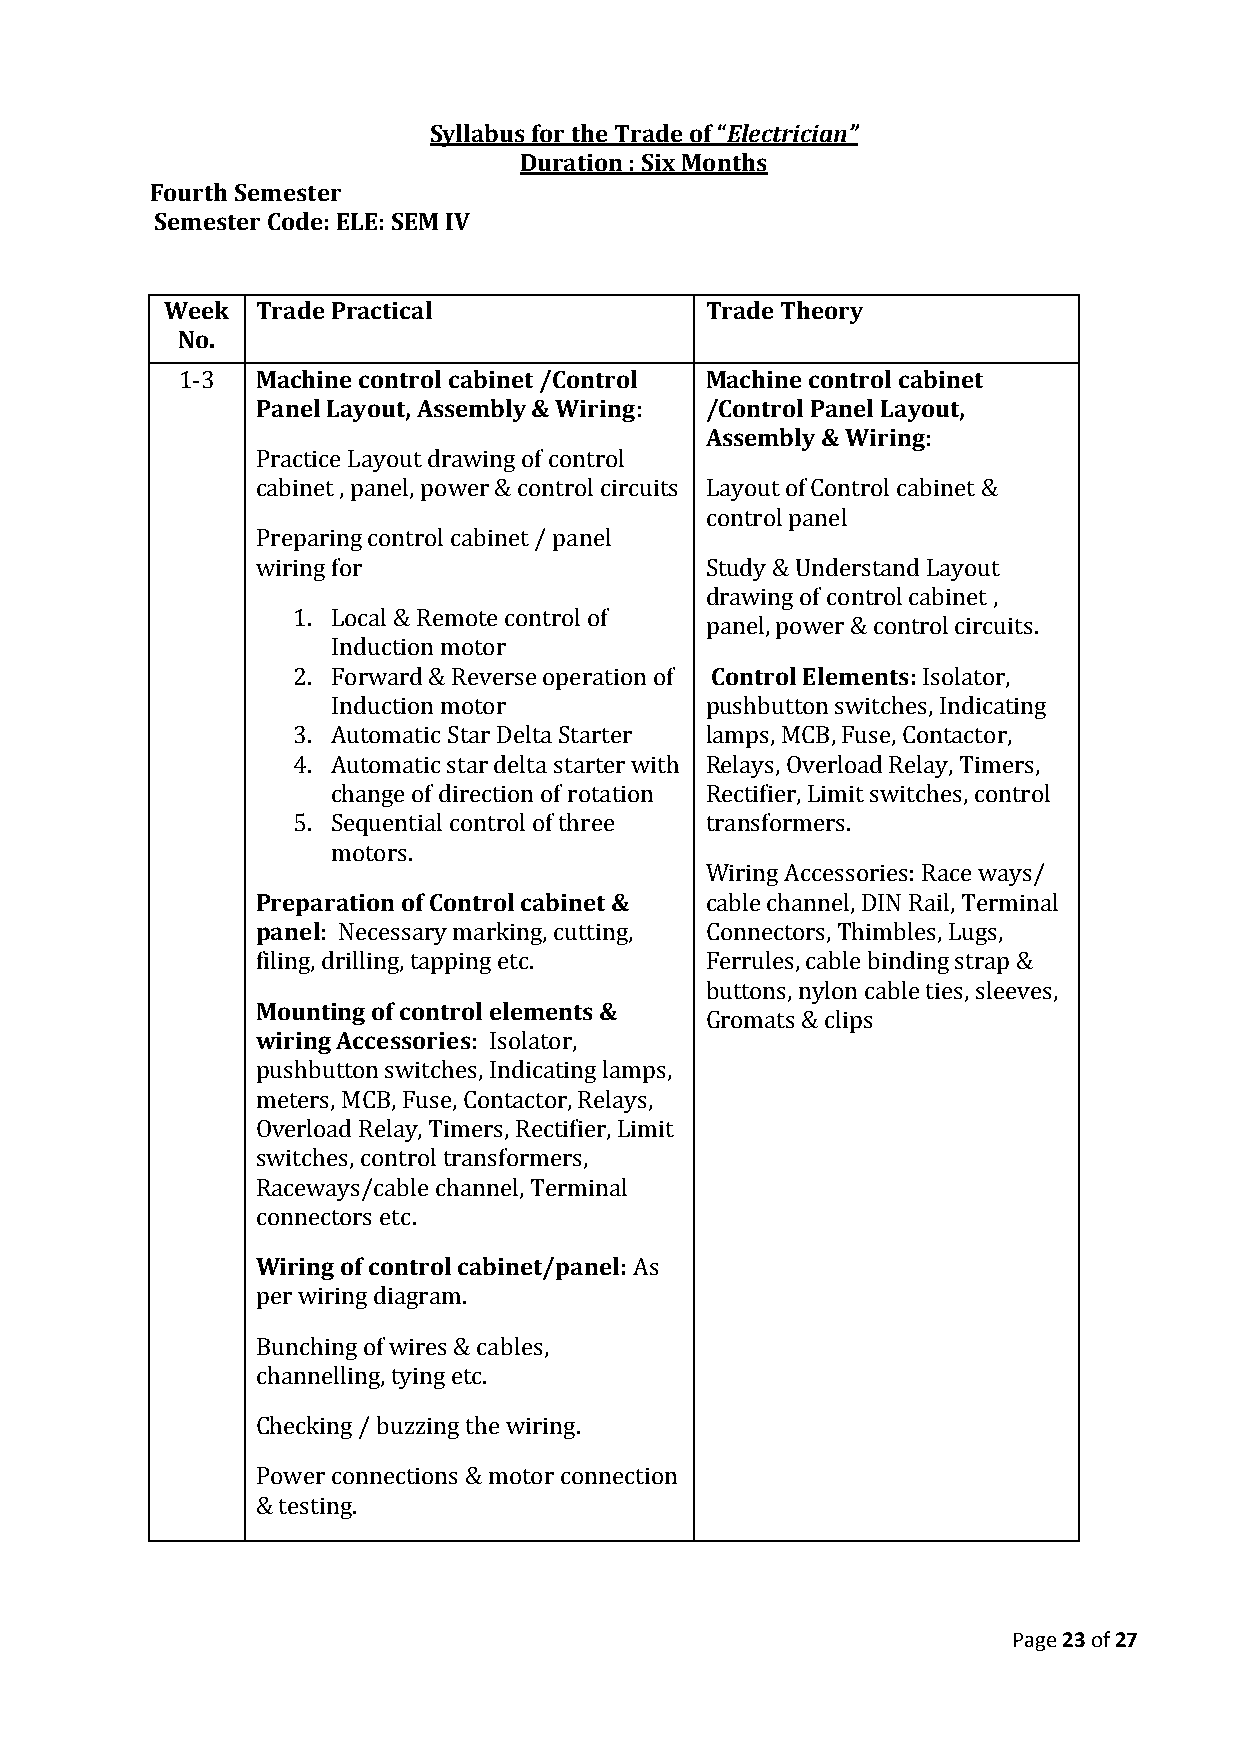
Syllabus for the Trade of “Electrician”
 Duration : Six Months
 Fourth Semester
 Semester Code: ELE: SEM IV
 Week  Trade Practical               Trade Theory
 No.
 1-3  Machine control cabinet /Control Machine control cabinet
 Panel Layout, Assembly & Wiring: /Control Panel Layout,
 Assembly & Wiring:
 Practice Layout drawing of control
 cabinet , panel, power & control circuits Layout of Control cabinet &
 control panel
 Preparing control cabinet / panel
 wiring for                    Study & Understand Layout
 drawing of control cabinet ,
 1. Local & Remote control of
 panel, power & control circuits.
 Induction motor
 2. Forward & Reverse operation of Control Elements: Isolator,
 Induction motor          pushbutton switches, Indicating
 3. Automatic Star Delta Starter lamps, MCB, Fuse, Contactor,
 4. Automatic star delta starter with Relays, Overload Relay, Timers,
 change of direction of rotation Rectifier, Limit switches, control
 5. Sequential control of three transformers.
 motors.
 Wiring Accessories: Race ways/
 Preparation of Control cabinet & cable channel, DIN Rail, Terminal
 panel: Necessary marking, cutting, Connectors, Thimbles, Lugs,
 filing, drilling, tapping etc. Ferrules, cable binding strap &
 buttons, nylon cable ties, sleeves,
 Mounting of control elements &
 Gromats & clips
 wiring Accessories: Isolator,
 pushbutton switches, Indicating lamps,
 meters, MCB, Fuse, Contactor, Relays,
 Overload Relay, Timers, Rectifier, Limit
 switches, control transformers,
 Raceways/cable channel, Terminal
 connectors etc.
 Wiring of control cabinet/panel: As
 per wiring diagram.
 Bunching of wires & cables,
 channelling, tying etc.
 Checking / buzzing the wiring.
 Power connections & motor connection
 & testing.
 Page 23 of 27